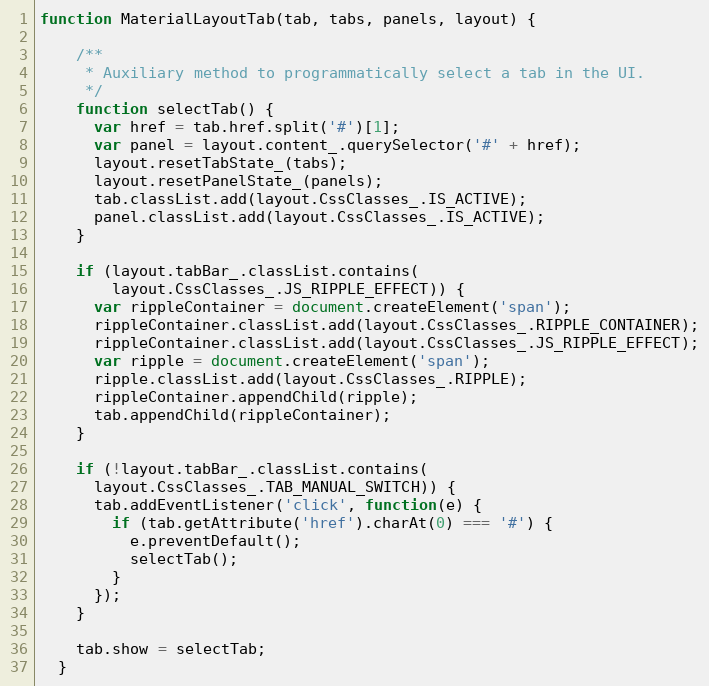
Language: JavaScript
function MaterialLayoutTab(tab, tabs, panels, layout) {

    /**
     * Auxiliary method to programmatically select a tab in the UI.
     */
    function selectTab() {
      var href = tab.href.split('#')[1];
      var panel = layout.content_.querySelector('#' + href);
      layout.resetTabState_(tabs);
      layout.resetPanelState_(panels);
      tab.classList.add(layout.CssClasses_.IS_ACTIVE);
      panel.classList.add(layout.CssClasses_.IS_ACTIVE);
    }

    if (layout.tabBar_.classList.contains(
        layout.CssClasses_.JS_RIPPLE_EFFECT)) {
      var rippleContainer = document.createElement('span');
      rippleContainer.classList.add(layout.CssClasses_.RIPPLE_CONTAINER);
      rippleContainer.classList.add(layout.CssClasses_.JS_RIPPLE_EFFECT);
      var ripple = document.createElement('span');
      ripple.classList.add(layout.CssClasses_.RIPPLE);
      rippleContainer.appendChild(ripple);
      tab.appendChild(rippleContainer);
    }

    if (!layout.tabBar_.classList.contains(
      layout.CssClasses_.TAB_MANUAL_SWITCH)) {
      tab.addEventListener('click', function(e) {
        if (tab.getAttribute('href').charAt(0) === '#') {
          e.preventDefault();
          selectTab();
        }
      });
    }

    tab.show = selectTab;
  }